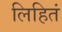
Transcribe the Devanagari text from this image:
लिहितं